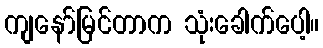
ကျနော်မြင်တာက သုံးခေါက်ပေါ့။